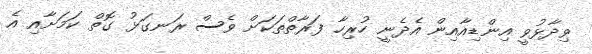
ވިދާޅުވީ އިންޑިއާއިން އެދެނީ ހުރިހާ ފަރާތްތަކަށް ވެސް ރަނގަޅު ގޮތް ކަމަށާއި އެ